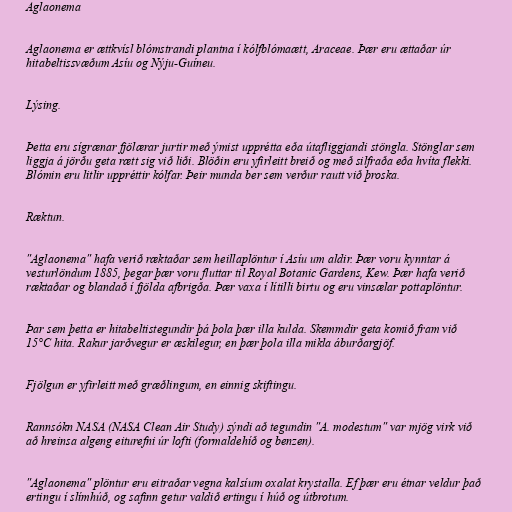
Aglaonema

Aglaonema er ættkvísl blómstrandi plantna í kólfblómaætt, Araceae. Þær eru ættaðar úr
hitabeltissvæðum Asíu og Nýju-Guíneu.

Lýsing.

Þetta eru sígrænar fjölærar jurtir með ýmist upprétta eða útafliggjandi stöngla. Stönglar sem
liggja á jörðu geta rætt sig við liði. Blöðin eru yfirleitt breið og með silfraða eða hvíta flekki.
Blómin eru litlir uppréttir kólfar. Þeir munda ber sem verður rautt við þroska.

Ræktun.

"Aglaonema" hafa verið ræktaðar sem heillaplöntur í Asíu um aldir. Þær voru kynntar á
vesturlöndum 1885, þegar þær voru fluttar til Royal Botanic Gardens, Kew. Þær hafa verið
ræktaðar og blandað í fjölda afbrigða. Þær vaxa í lítilli birtu og eru vinsælar pottaplöntur.

Þar sem þetta er hitabeltistegundir þá þola þær illa kulda. Skemmdir geta komið fram við
15°C hita. Rakur jarðvegur er æskilegur, en þær þola illa mikla áburðargjöf.

Fjölgun er yfirleitt með græðlingum, en einnig skiftingu.

Rannsókn NASA (NASA Clean Air Study) sýndi að tegundin "A. modestum" var mjög virk við
að hreinsa algeng eiturefni úr lofti (formaldehíð og benzen).

"Aglaonema" plöntur eru eitraðar vegna kalsíum oxalat krystalla. Ef þær eru étnar veldur það
ertingu í slímhúð, og safinn getur valdið ertingu í húð og útbrotum.